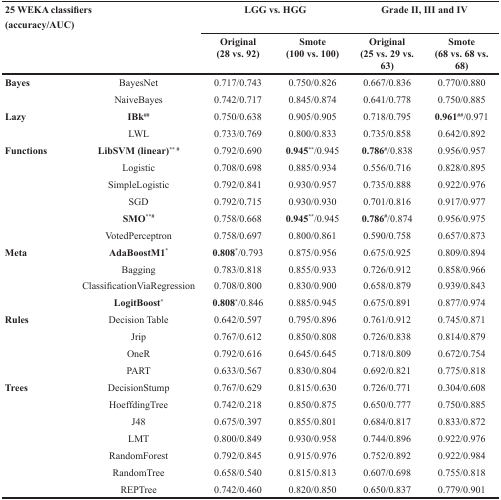
<table><thead><tr><td rowspan="2"><b>25 WEKA classifiers (accuracy/AUC)</b></td><td></td><td colspan="2"><b>LGG vs. HGG</b></td><td colspan="2"><b>Grade II, III and IV</b></td></tr><tr><td></td><td><b>Original (28 vs. 92)</b></td><td><b>Smote (100 vs. 100)</b></td><td><b>Original (25 vs. 29 vs. 63)</b></td><td><b>Smote (68 vs. 68 vs. 68)</b></td></tr></thead><tbody><tr><td><b>Bayes</b></td><td>BayesNet</td><td>0.717/0.743</td><td>0.750/0.826</td><td>0.667/0.836</td><td>0.770/0.880</td></tr><tr><td></td><td>NaiveBayes</td><td>0.742/0.717</td><td>0.845/0.874</td><td>0.641/0.778</td><td>0.750/0.885</td></tr><tr><td><b>Lazy</b></td><td><b>IBk<sup>##</sup></b></td><td>0.750/0.638</td><td>0.905/0.905</td><td>0.718/0.795</td><td><b>0.961<sup>##</sup></b>/0.971</td></tr><tr><td></td><td>LWL</td><td>0.733/0.769</td><td>0.800/0.833</td><td>0.735/0.858</td><td>0.642/0.892</td></tr><tr><td><b>Functions</b></td><td><b>LibSVM (linear)<sup>** #</sup></b></td><td>0.792/0.690</td><td><b>0.945<sup>*</sup></b>/0.945</td><td><b>0.786<sup>#</sup></b>/0.838</td><td>0.956/0.957</td></tr><tr><td></td><td>Logistic</td><td>0.708/0.698</td><td>0.885/0.934</td><td>0.556/0.716</td><td>0.828/0.895</td></tr><tr><td></td><td>SimpleLogistic</td><td>0.792/0.841</td><td>0.930/0.957</td><td>0.735/0.888</td><td>0.922/0.976</td></tr><tr><td></td><td>SGD</td><td>0.792/0.715</td><td>0.930/0.930</td><td>0.701/0.816</td><td>0.917/0.977</td></tr><tr><td></td><td><b>SMO<sup>**#</sup></b></td><td>0.758/0.668</td><td><b>0.945<sup>*</sup></b>/0.945</td><td><b>0.786<sup>#</sup></b>/0.874</td><td>0.956/0.975</td></tr><tr><td></td><td>VotedPerceptron</td><td>0.758/0.697</td><td>0.800/0.861</td><td>0.590/0.758</td><td>0.657/0.873</td></tr><tr><td><b>Meta</b></td><td><b>AdaBoostM1*</b></td><td><b>0.808*</b>/0.793</td><td>0.875/0.956</td><td>0.675/0.925</td><td>0.809/0.894</td></tr><tr><td></td><td>Bagging</td><td>0.783/0.818</td><td>0.855/0.933</td><td>0.726/0.912</td><td>0.858/0.966</td></tr><tr><td></td><td>ClassificationViaRegression</td><td>0.708/0.800</td><td>0.830/0.900</td><td>0.658/0.879</td><td>0.939/0.843</td></tr><tr><td></td><td><b>LogitBoost*</b></td><td><b>0.808*</b>/0.846</td><td>0.885/0.945</td><td>0.675/0.891</td><td>0.877/0.974</td></tr><tr><td><b>Rules</b></td><td>Decision Table</td><td>0.642/0.597</td><td>0.795/0.896</td><td>0.761/0.912</td><td>0.745/0.871</td></tr><tr><td></td><td>Jrip</td><td>0.767/0.612</td><td>0.850/0.808</td><td>0.726/0.838</td><td>0.814/0.879</td></tr><tr><td></td><td>OneR</td><td>0.792/0.616</td><td>0.645/0.645</td><td>0.718/0.809</td><td>0.672/0.754</td></tr><tr><td></td><td>PART</td><td>0.633/0.567</td><td>0.830/0.804</td><td>0.692/0.821</td><td>0.775/0.818</td></tr><tr><td><b>Trees</b></td><td>DecisionStump</td><td>0.767/0.629</td><td>0.815/0.630</td><td>0.726/0.771</td><td>0.304/0.608</td></tr><tr><td></td><td>HoeffdingTree</td><td>0.742/0.218</td><td>0.850/0.875</td><td>0.650/0.777</td><td>0.750/0.885</td></tr><tr><td></td><td>J48</td><td>0.675/0.397</td><td>0.855/0.801</td><td>0.684/0.817</td><td>0.833/0.872</td></tr><tr><td></td><td>LMT</td><td>0.800/0.849</td><td>0.930/0.958</td><td>0.744/0.896</td><td>0.922/0.976</td></tr><tr><td></td><td>RandomForest</td><td>0.792/0.845</td><td>0.915/0.976</td><td>0.752/0.892</td><td>0.922/0.984</td></tr><tr><td></td><td>RandomTree</td><td>0.658/0.540</td><td>0.815/0.813</td><td>0.607/0.698</td><td>0.755/0.818</td></tr><tr><td></td><td>REPTree</td><td>0.742/0.460</td><td>0.820/0.850</td><td>0.650/0.837</td><td>0.779/0.901</td></tr></tbody></table>